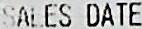
SALES DATE